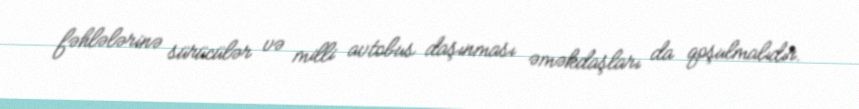
fəhlələrinə sürücülər və milli avtobus daşınması əməkdaşları da qoşulmalıdır.